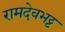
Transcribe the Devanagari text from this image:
रामदेवभट्ट